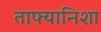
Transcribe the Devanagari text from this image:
ताफ्यानिशा